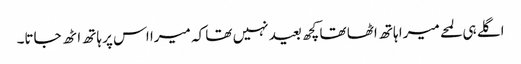
اگلے ہی لمحے میرا ہاتھ اٹھا تھا کچھ بعید نہیں تھا کہ میرا اس پر ہاتھ اٹھ جاتا۔